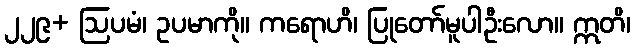
၂၂၉+ ဩပမံ၊ ဥပမာကို။ ကရောဟိ၊ ပြုတော်မူပါဦးလော။ ဣတိ၊